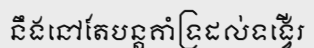
នឹងនៅតែបន្តគាំទ្រដល់ទង្វើរ